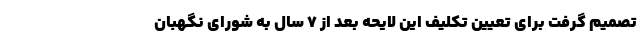
تصمیم گرفت برای تعیین تکلیف این لایحه بعد از ٧ سال به شورای نگهبان